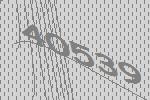
40539